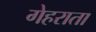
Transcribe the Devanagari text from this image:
गेहराता